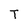
Character: T